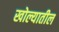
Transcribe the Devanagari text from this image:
खोल्यातील